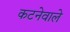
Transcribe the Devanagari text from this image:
कटनेवाले